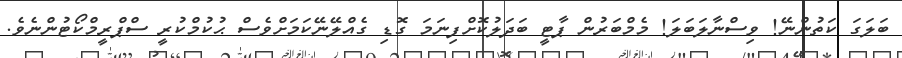
ބަލަގަ ކަތުންނޭ! ވިސްނާލަބަލަ! މެމްބަރުން ޕާޓީ ބަދަލުކޮށްފިނަމަ ގޮޑި ގެއްލޭނޭކަމަށްވެސް ޙުކުމްކުރީ ސްޕްރީމްކޯޓުންނެވެ.